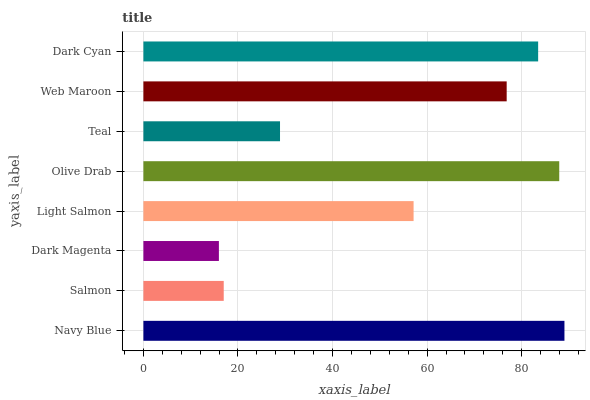
| yaxis_label | bars |
 | --- | --- |
 | Navy Blue | 89.1 |
 | Salmon | 17 |
 | Dark Magenta | 16 |
 | Light Salmon | 57.1 |
 | Olive Drab | 87.9 |
 | Teal | 28.9 |
 | Web Maroon | 76.8 |
 | Dark Cyan | 83.5 |